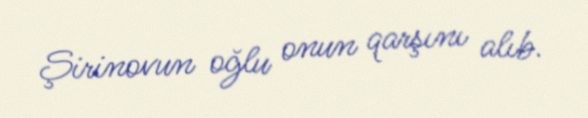
Şirinovun oğlu onun qarşını alıb.